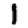
Digit: 1